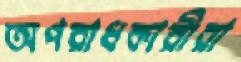
অপরাধকারীরা